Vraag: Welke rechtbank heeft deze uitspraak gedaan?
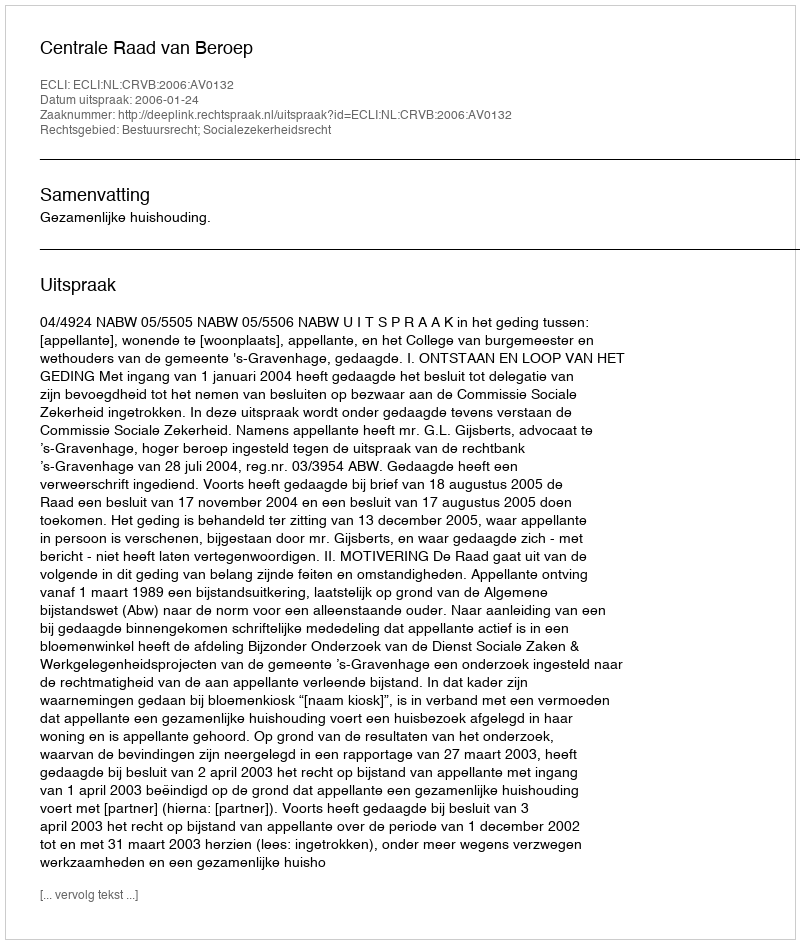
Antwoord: Centrale Raad van Beroep